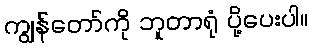
ကျွန်တော်ကို ဘူတာရုံ ပို့ပေးပါ။